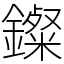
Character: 𨮏